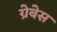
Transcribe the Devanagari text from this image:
ग्रेबेस